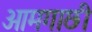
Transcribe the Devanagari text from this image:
आमगाछी